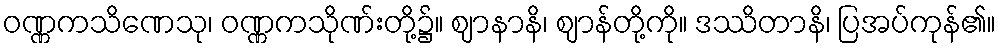
ဝဏ္ဏကသိဏေသု၊ ဝဏ္ဏကသိုဏ်းတို့၌။ ဈာနာနိ၊ ဈာန်တို့ကို။ ဒဿိတာနိ၊ ပြအပ်ကုန်၏။